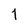
Character: 1